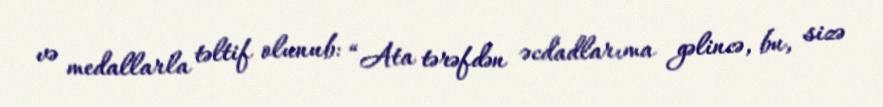
və medallarla təltif olunub: “Ata tərəfdən əcdadlarıma gəlincə, bu, sizə